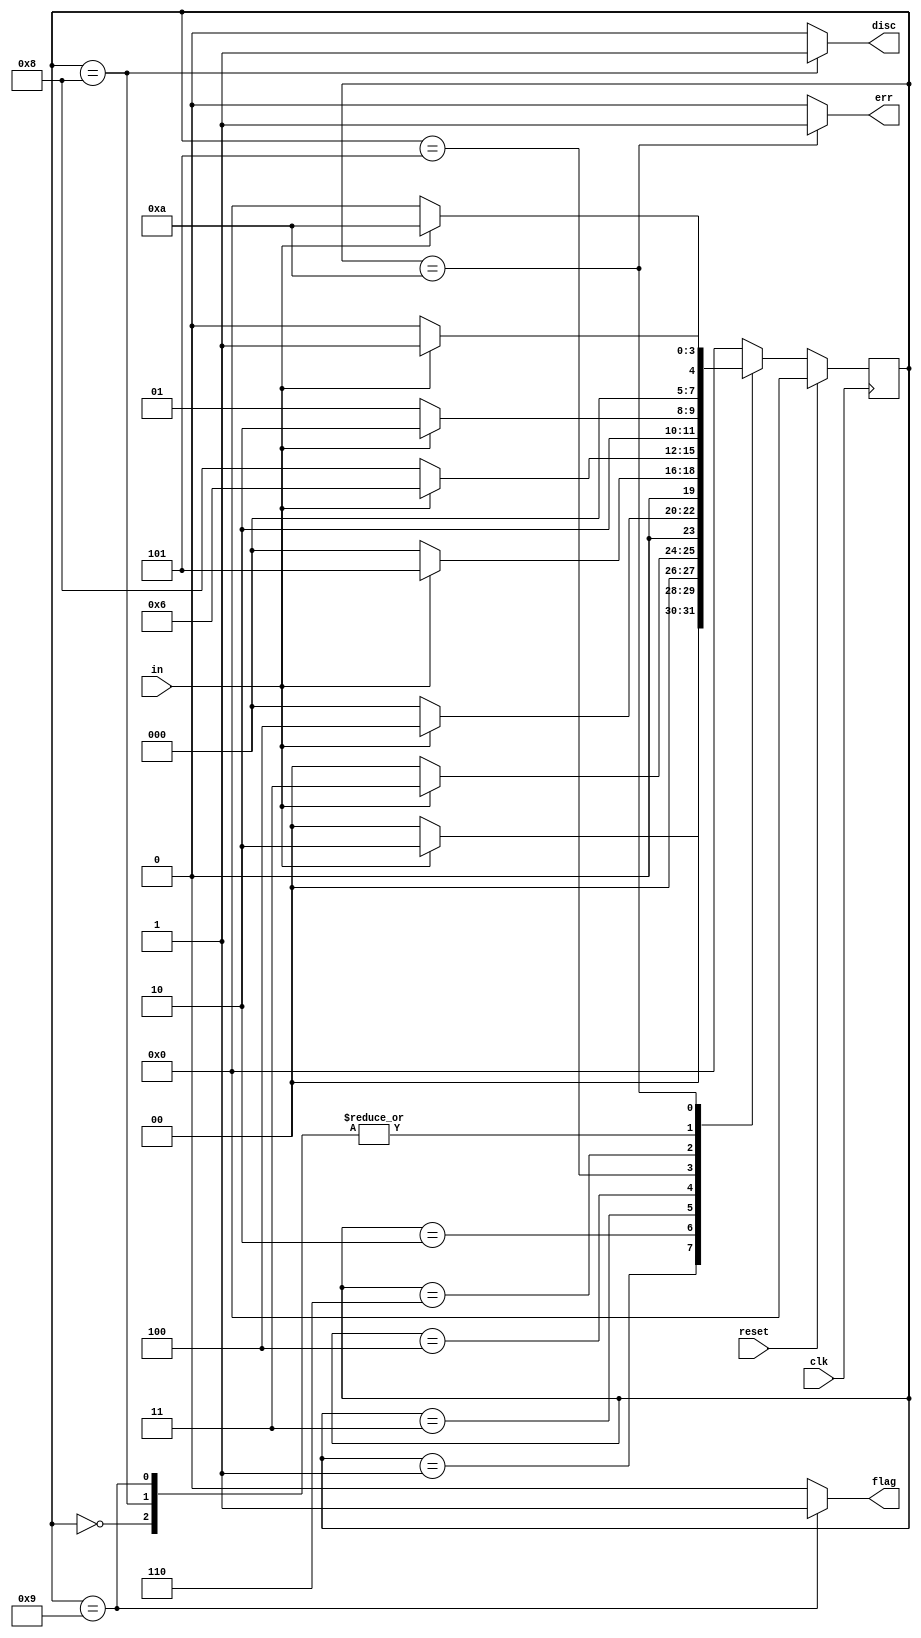
module top_module(
    input clk,
    input reset,    // Synchronous reset
    input in,
    output disc,
    output flag,
    output err);

    parameter IDLE=4'b0000, S0=4'b0001, S1=4'b0010, S2=4'b0011, S3=4'b0100;
    parameter S4=4'b0101, S5=4'b0110, DISC=4'b1000, FLAG=4'b1001, ERR=4'b1010;

    reg [3:0] state, next_state;

    always @(posedge clk) begin
        if(reset) begin
            state <= IDLE;
        end else begin
            state <= next_state;
        end
    end

    always @(*) begin
        case(state)
            IDLE: next_state = in?S0:IDLE;
            S0:   next_state = in?S1:IDLE;
            S1:   next_state = in?S2:IDLE;
            S2:   next_state = in?S3:IDLE;
            S3:   next_state = in?S4:IDLE;
            S4:   next_state = in?S5:DISC;
            S5:   next_state = in?ERR:FLAG;
            DISC: next_state = in?S0:IDLE;
            FLAG: next_state = in?S0:IDLE;
            ERR:  next_state = in?ERR:IDLE;
            default: next_state = IDLE;
        endcase
    end

    always @(*) begin
        case (state)
            DISC: begin
                disc = 1;
                flag = 0;
                err  = 0;    
            end
            FLAG:begin
                disc = 0;
                flag = 1;
                err  = 0;  
            end
            ERR:begin
                disc = 0;
                flag = 0;
                err  = 1;  
            end
            default: begin
                disc = 0;
                flag = 0;
                err  = 0;  
            end
        endcase
    end


endmodule